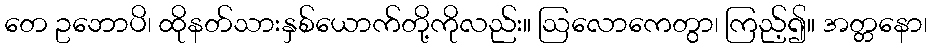
တေ ဥဘောပိ၊ ထိုနတ်သားနှစ်ယောက်တို့ကိုလည်း။ ဩလောကေတွာ၊ ကြည့်၍။ အတ္တနော၊